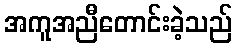
အကူအညီတောင်းခဲ့သည်